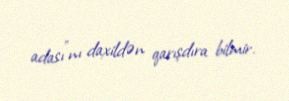
adası”nı daxildən qarışdıra bilmir.